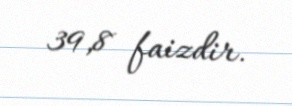
39,8 faizdir.